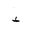
Letter: _hamza